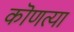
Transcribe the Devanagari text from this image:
कॊणत्या